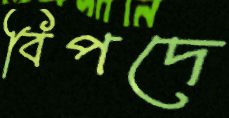
বিপদে